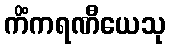
ကိံကရဏီယေသု